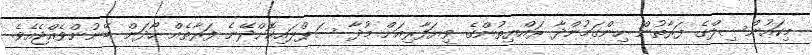
މިކައުންސިލްގެ ފަރާތުން ހިންގަމުންދާ ރައްޔިތުންގެ ވިޔަފާރިއަށް މުދާ ސަޕްލައިކޮށްދޭނެ ފަރާތެއް ހޯދަން ބޭނުންވެއްޖެއެވެ.